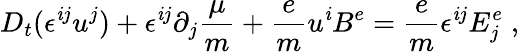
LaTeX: D_{t}(\epsilon^{\mathit{i}j}u^{j})+\epsilon^{\mathit{i}j}\partial_{j}\frac{{\mu}}{{m}}+\frac{{e}}{{m}}u^{\mathit{i}}B^{e}=\frac{{e}}{{m}}\epsilon^{\mathit{i}j}E_{j}^{e}\; ,